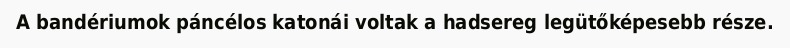
A bandériumok páncélos katonái voltak a hadsereg legütőképesebb része.